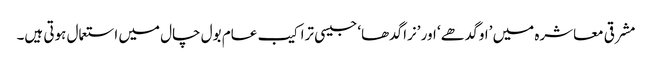
مشرقی معاشرہ میں ’او گدھے‘ اور ’نرا گدھا‘ جیسی تراکیب عام بول چال میں استعمال ہوتی ہیں۔